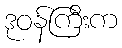
ဒုဝန်ကြီးက